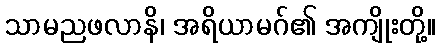
သာမညဖလာနိ၊ အရိယာမဂ်၏ အကျိုးတို့။